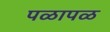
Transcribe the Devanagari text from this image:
पळापळ